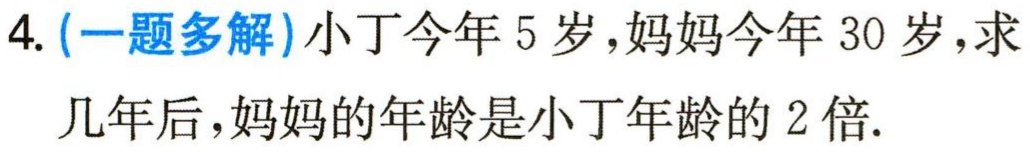
4. (一题多解)小丁今年 5 岁，妈妈今年 30 岁，求

几年后，妈妈的年龄是小丁年龄的 2 倍.